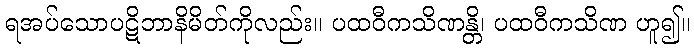
ရအပ်သောပဋိဘာနိမိတ်ကိုလည်း။ ပထဝီကသိဏန္တိ၊ ပထဝီကသိဏ ဟူ၍။